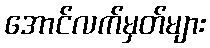
အောင်လက်မှတ်များ